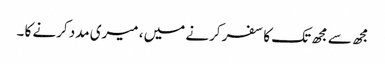
مجھ سے مجھ تک کا سفر کرنے میں ، میری مدد کرنے کا ۔